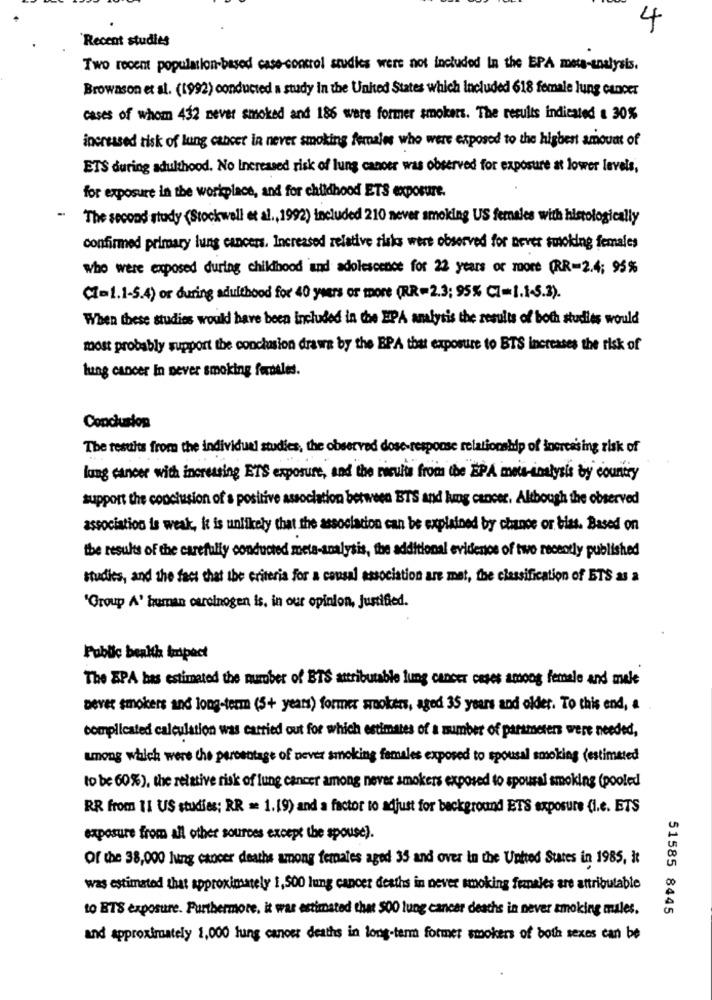
4
Recent studies
Two recem population-based case-control studies were not included In the EPA meta-analysis.
Browason et al. (1992) conducted a study in the United States which included 618 female lung cancer
cases of whom 432 never smoked and 186 were former smokers. The results indicated a 30%
increased risk of lung cancer in never smoking females who were exposed to the highest amount of
ETS during adulthood. No Increased risk of lung cancer was observed for exposure at lower levels,
for exposure in the workplace, and for childhood ETS exposure.
The second study (Stockwell et al ., 1992) included 210 never smoking US females with histologically
confirmed primary lung cancers. Increased relative risks were observed for never smoking females
who were exposed during chikihood and adolescence for 22 years or moore (RR-2.4; 95%
CZ=1.1-5.4) or during adulthood for 40 years or more (RR=2.3: 95% CI=1.145.3).
When these studies would have been included in the EPA analysis the results of both studies would
most probably support the conclusion draws by the EPA that exposure to BTS increases the risk of
lung cancer In never smoking forbiles.
Conclusion
The results from the individuel studies, the observed dose response relationship of increasing risk of
lung cancer with increasing ETS exposure, and the results from the EPA mets-inalysis by country
support the conclusion of's positive association between BTS and lung cancer. Although the observed
association is weak, it is unlikely that the association can be explained by chance or bias. Based on
the results of the carefully conducted meta-analysis, the additional evidenos of two recently published
studies, and the fact that the criteria for a causal association are met, the classification of ETS as a
"Group A' human carolnogen is, in our opinion, Justified.
Public health impact
The SPA bas estimated the number of BTS attributable lung cancer cases among female and male
Bever smokers and long-term (5+ years) former smokers, aged 35 years and older. To this end, a
complicated calculation was carried out for which estimates of a number of parameters were needed,
among which were the percentage of never smoking females exposed to spousal smoking (estimated
to be 60%), the relative risk of lung cancer among never smokers exposed to spousal smoking (pooled
RR from 11 US studies; RR = 1.19) and a factor to adjust for background ETS exposure (I.e. ETS
exposure from all other sources except the spouse).
Of the 38,000 lung cancer deaths among females aged 35 and over in the United States in 1985, it
was estimated that approximately 1, 500 lung cancer deaths in never smoking franales are attributable
to BTS exposure. Furthermore, it was estimated that 500 lung cancer deaths in never smoking mules.
51585 8445
and approximately 1,000 lung cancer deaths in long-term former smokers of both sexes can be